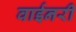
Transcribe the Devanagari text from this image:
वाईनरी